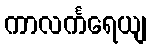
ကာလင်္ကရေယျ